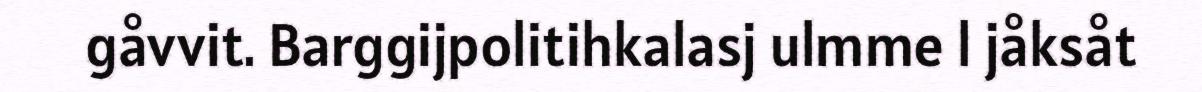
gåvvit. Barggijpolitihkalasj ulmme l jåksåt